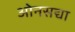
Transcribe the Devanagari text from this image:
ओनसद्या